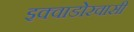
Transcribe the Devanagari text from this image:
इक्वाडोरवासी